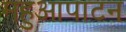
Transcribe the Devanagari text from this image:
महुआपाटन